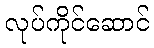
လုပ်ကိုင်ဆောင်